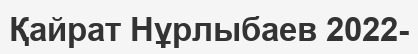
Қайрат Нұрлыбаев 2022-